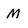
Character: M